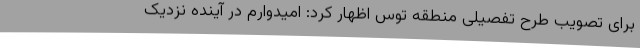
برای تصویب طرح تفصیلی منطقه توس اظهار کرد: امیدوارم در آینده نزدیک